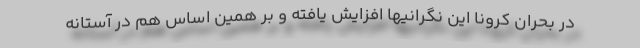
در بحران کرونا این نگرانیها افزایش یافته و بر همین اساس هم در آستانه